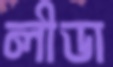
লীডা